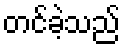
တင်ခဲ့သည်